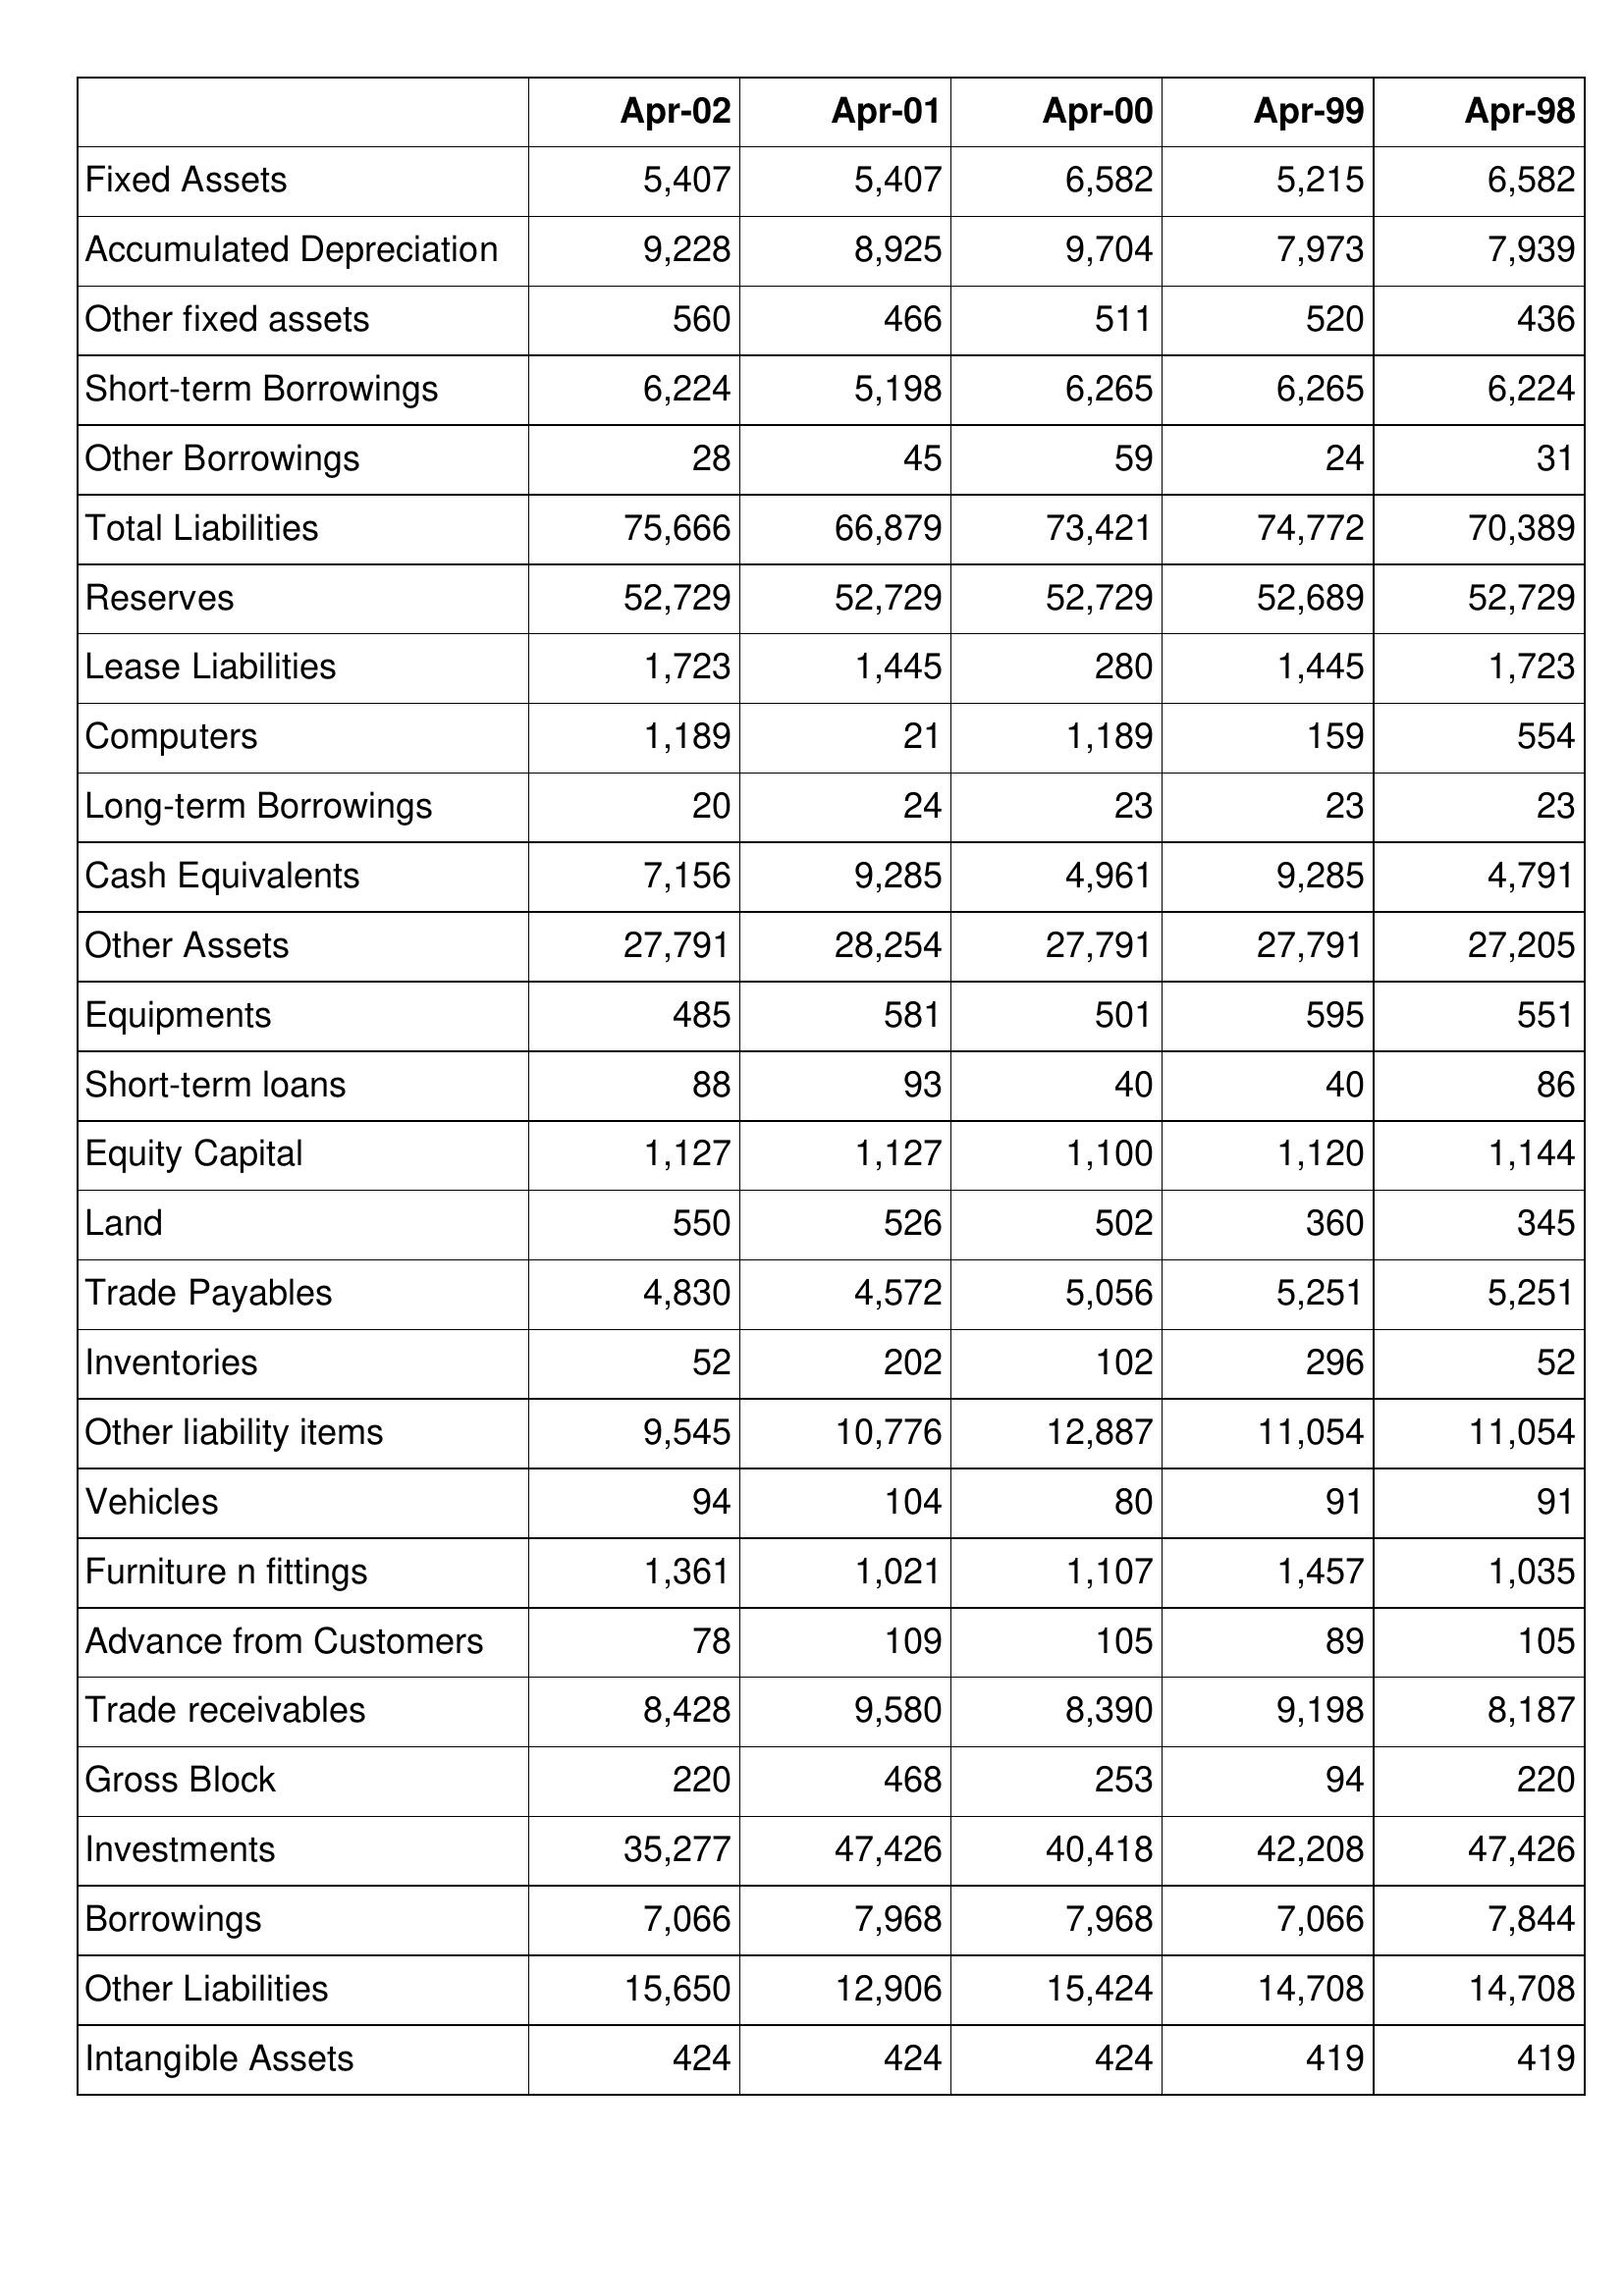
Apr-02: Balance Sheet: Fixed Assets: 5,407
Accumulated Depreciation: 9,228
Other fixed assets: 560
Short-term Borrowings: 6,224
Other Borrowings: 28
Total Liabilities: 75,666
Reserves: 52,729
Lease Liabilities: 1,723
Computers: 1,189
Long-term Borrowings: 20
Cash Equivalents: 7,156
Other Assets: 27,791
Equipments: 485
Short-term loans: 88
Equity Capital: 1,127
Land: 550
Trade Payables: 4,830
Inventories: 52
Other liability items: 9,545
Vehicles: 94
Furniture n fittings: 1,361
Advance from Customers: 78
Trade receivables: 8,428
Gross Block: 220
Investments: 35,277
Borrowings: 7,066
Other Liabilities: 15,650
Intangible Assets: 424
Apr-01: Balance Sheet: Fixed Assets: 5,407
Accumulated Depreciation: 8,925
Other fixed assets: 466
Short-term Borrowings: 5,198
Other Borrowings: 45
Total Liabilities: 66,879
Reserves: 52,729
Lease Liabilities: 1,445
Computers: 21
Long-term Borrowings: 24
Cash Equivalents: 9,285
Other Assets: 28,254
Equipments: 581
Short-term loans: 93
Equity Capital: 1,127
Land: 526
Trade Payables: 4,572
Inventories: 202
Other liability items: 10,776
Vehicles: 104
Furniture n fittings: 1,021
Advance from Customers: 109
Trade receivables: 9,580
Gross Block: 468
Investments: 47,426
Borrowings: 7,968
Other Liabilities: 12,906
Intangible Assets: 424
Apr-00: Balance Sheet: Fixed Assets: 6,582
Accumulated Depreciation: 9,704
Other fixed assets: 511
Short-term Borrowings: 6,265
Other Borrowings: 59
Total Liabilities: 73,421
Reserves: 52,729
Lease Liabilities: 280
Computers: 1,189
Long-term Borrowings: 23
Cash Equivalents: 4,961
Other Assets: 27,791
Equipments: 501
Short-term loans: 40
Equity Capital: 1,100
Land: 502
Trade Payables: 5,056
Inventories: 102
Other liability items: 12,887
Vehicles: 80
Furniture n fittings: 1,107
Advance from Customers: 105
Trade receivables: 8,390
Gross Block: 253
Investments: 40,418
Borrowings: 7,968
Other Liabilities: 15,424
Intangible Assets: 424
Apr-99: Balance Sheet: Fixed Assets: 5,215
Accumulated Depreciation: 7,973
Other fixed assets: 520
Short-term Borrowings: 6,265
Other Borrowings: 24
Total Liabilities: 74,772
Reserves: 52,689
Lease Liabilities: 1,445
Computers: 159
Long-term Borrowings: 23
Cash Equivalents: 9,285
Other Assets: 27,791
Equipments: 595
Short-term loans: 40
Equity Capital: 1,120
Land: 360
Trade Payables: 5,251
Inventories: 296
Other liability items: 11,054
Vehicles: 91
Furniture n fittings: 1,457
Advance from Customers: 89
Trade receivables: 9,198
Gross Block: 94
Investments: 42,208
Borrowings: 7,066
Other Liabilities: 14,708
Intangible Assets: 419
Apr-98: Balance Sheet: Fixed Assets: 6,582
Accumulated Depreciation: 7,939
Other fixed assets: 436
Short-term Borrowings: 6,224
Other Borrowings: 31
Total Liabilities: 70,389
Reserves: 52,729
Lease Liabilities: 1,723
Computers: 554
Long-term Borrowings: 23
Cash Equivalents: 4,791
Other Assets: 27,205
Equipments: 551
Short-term loans: 86
Equity Capital: 1,144
Land: 345
Trade Payables: 5,251
Inventories: 52
Other liability items: 11,054
Vehicles: 91
Furniture n fittings: 1,035
Advance from Customers: 105
Trade receivables: 8,187
Gross Block: 220
Investments: 47,426
Borrowings: 7,844
Other Liabilities: 14,708
Intangible Assets: 419